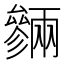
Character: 𠬙